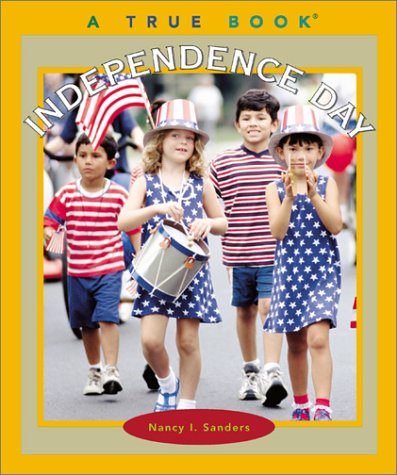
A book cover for Independence Day (True Books: Holidays); Nancy I. Sanders; Children's Books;